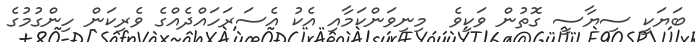
ބަޔަކީ ސިޔާސީ ގޮތުން ވަކިވެ  މިނިވަންކަމާއި އެކު އެސަރަހައްދެއްގެ ވެރިކަން ހިންގުމުގެ